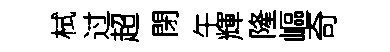
栻过超閉午輝隆嶇奇